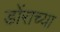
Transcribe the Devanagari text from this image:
डोंराच्या